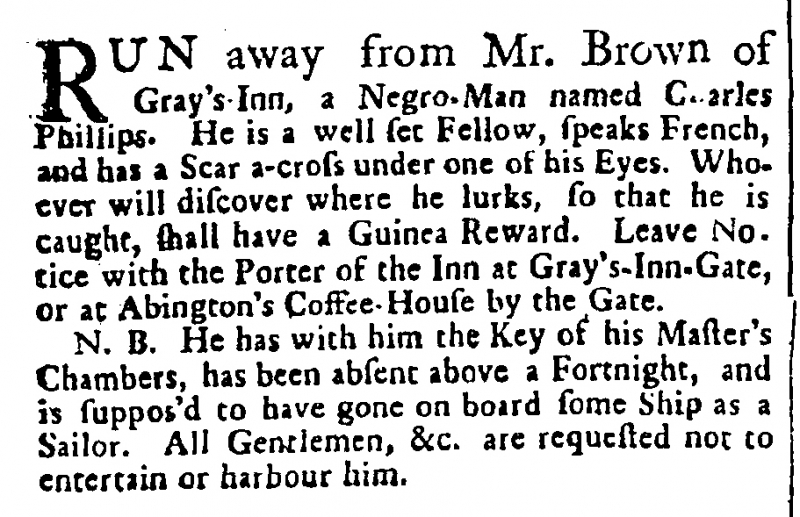
Daily Advertiser, 4 June 1731 (England)
RUN away from Mr. Brown of Gray’s-Inn, a Negro-Man named Charles Phillips. He is a well set Fellow, speaks French, and has a Scar a-cross under one of his Eyes. Whoever will discover where he lurks, so that he is caught, shall have a Guinea Reward. Leave Notice with the Porter of the Inn at Gray’s-Inn-Gate, or at Abington’s Coffee-House by the Gate.  N.B. He has with him the Key of his Master’s Chambers, has been absent above a Fortnight, and is suppos’d to have gone on board some Ship as a Sailor. All Gentlemen, &c. are requested not to entertain or harbour him.